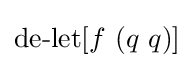
\operatorname {de-let} [f\ (q\ q)]